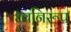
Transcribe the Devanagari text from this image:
ध्वनिरूप